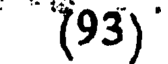
(93)